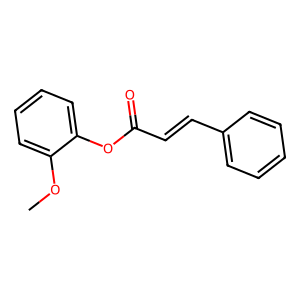
SMILES: COc1ccccc1OC(=O)C=Cc1ccccc1
Inhibits HIV replication: No